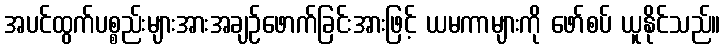
အပင်ထွက်ပစ္စည်းများအားအချဉ်ဖောက်ခြင်းအားဖြင့် ယမကာများကို ဖော်စပ် ယူနိုင်သည်။